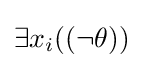
\exists x_{i}((\neg \theta ))